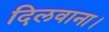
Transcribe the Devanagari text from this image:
दिलवाना।